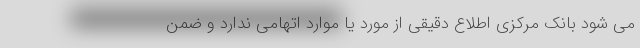
می شود بانک مرکزی اطلاع دقیقی از مورد یا موارد اتهامی ندارد و ضمن